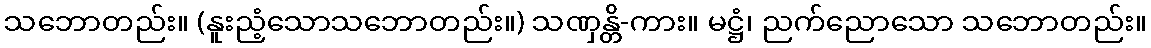
သဘောတည်း။ (နူးညံ့သောသဘောတည်း။) သဏှန္တိ-ကား။ မဋ္ဌံ၊ ညက်ညောသော သဘောတည်း။